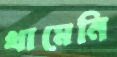
থামেনি